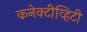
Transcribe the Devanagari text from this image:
कनेक्टीव्हिटी